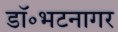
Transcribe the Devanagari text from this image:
डॉ॰भटनागर